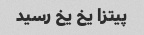
پیتزا یخ یخ رسید